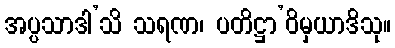
အပ္ပသာဒါ’သိ သရဏ၊ ပတိဋ္ဌာ’ဝိမှယာဒိသု။